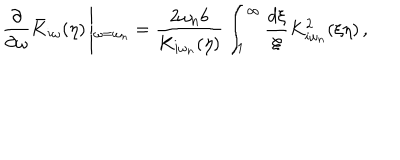
\frac { \partial } { \partial \omega } \bar { K } _ { i \omega } ( \eta ) \left| _ { \omega = \omega _ { n } } = \frac { 2 \omega _ { n } b } { K _ { i \omega _ { n } } ( \eta ) } \int _ { 1 } ^ { \infty } \frac { d \xi } { \xi } K _ { i \omega _ { n } } ^ { 2 } ( \xi \eta ) \right. ,